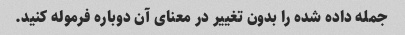
جمله داده شده را بدون تغییر در معنای آن دوباره فرموله کنید.